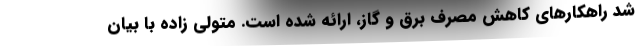
شد راهکارهای کاهش مصرف برق و گاز، ارائه شده است. متولی زاده با بیان